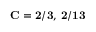
\mathbf { C = 2 / 3 , \, 2 / 1 3 }